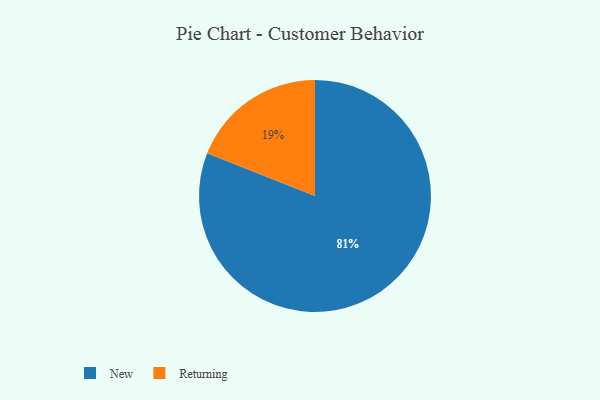
{"axis": {"x": "Category", "y": "Percentage"}, "legend": ["New", "Returning"], "data": [{"x": "Returning", "y": 19, "type": "Returning"}, {"x": "New", "y": 81, "type": "New"}]}